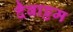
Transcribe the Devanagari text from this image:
दैवाट्टम